Punjab Mental Hospital Lahore 1932-46 - 1932-1946
Year: 1932
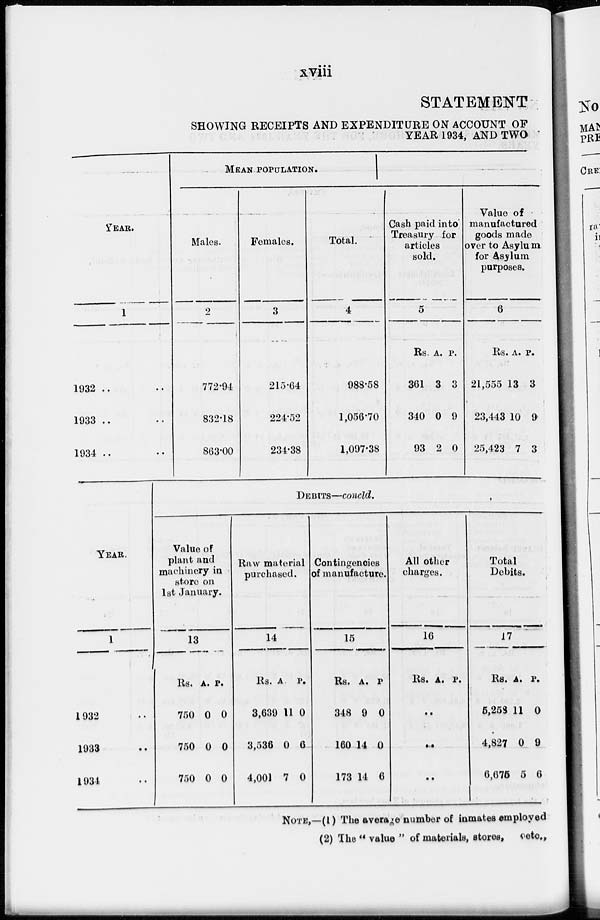
xviii
STATEMENT
SHOWING RECEIPTS AND EXPENDITURE ON ACCOUNT OF
YEAR 1934, AND TWO
YEAR.
1
1932 .. ..
1933 .. ..
1934 .. ..
MEAN POPULATION.
Males.
2
772.94
832.18
863.00
Females.
3
215.64
224.52
234.38
Total.
4
988.58
1,056.70
1,097.38
Cash paid into
Treasury for
articles
sold.
5
Rs.
361
340
93
A.
3
0
2
P.
3
9
0
Value of
manufactured
goods made
over to Asylum
for Asylum
purposes.
6
Rs.
21,555
23,443
25,423
A.
13
10
7
P.
3
9
3
DEBITS—concld.
YEAR.
1
1932 ...
1933 ...
1934 ...
Value of
plant and
machinery in
store on
1st January.
13
Rs.
750
750
750
A.
0
0
0
P.
0
0
0
Raw material
purchased.
14
Rs.
3,639
3,536
4,001
A.
11
0
7
P.
0
6
0
Contingencies
of manufacture.
15
Rs.
348
160
173
A.
9
14
14
P
0
0
6
All other
charges.
16
Rs. A. P.
..
..
..
Total
Debits.
17
Rs.
5,253
4,827
6,675
A.
11
0
5
P.
0
9
6
NOTE,—(1) The average number of inmates employed
(2) The " value " of materials, stores, etc.,